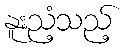
နူးညံ့သည့်